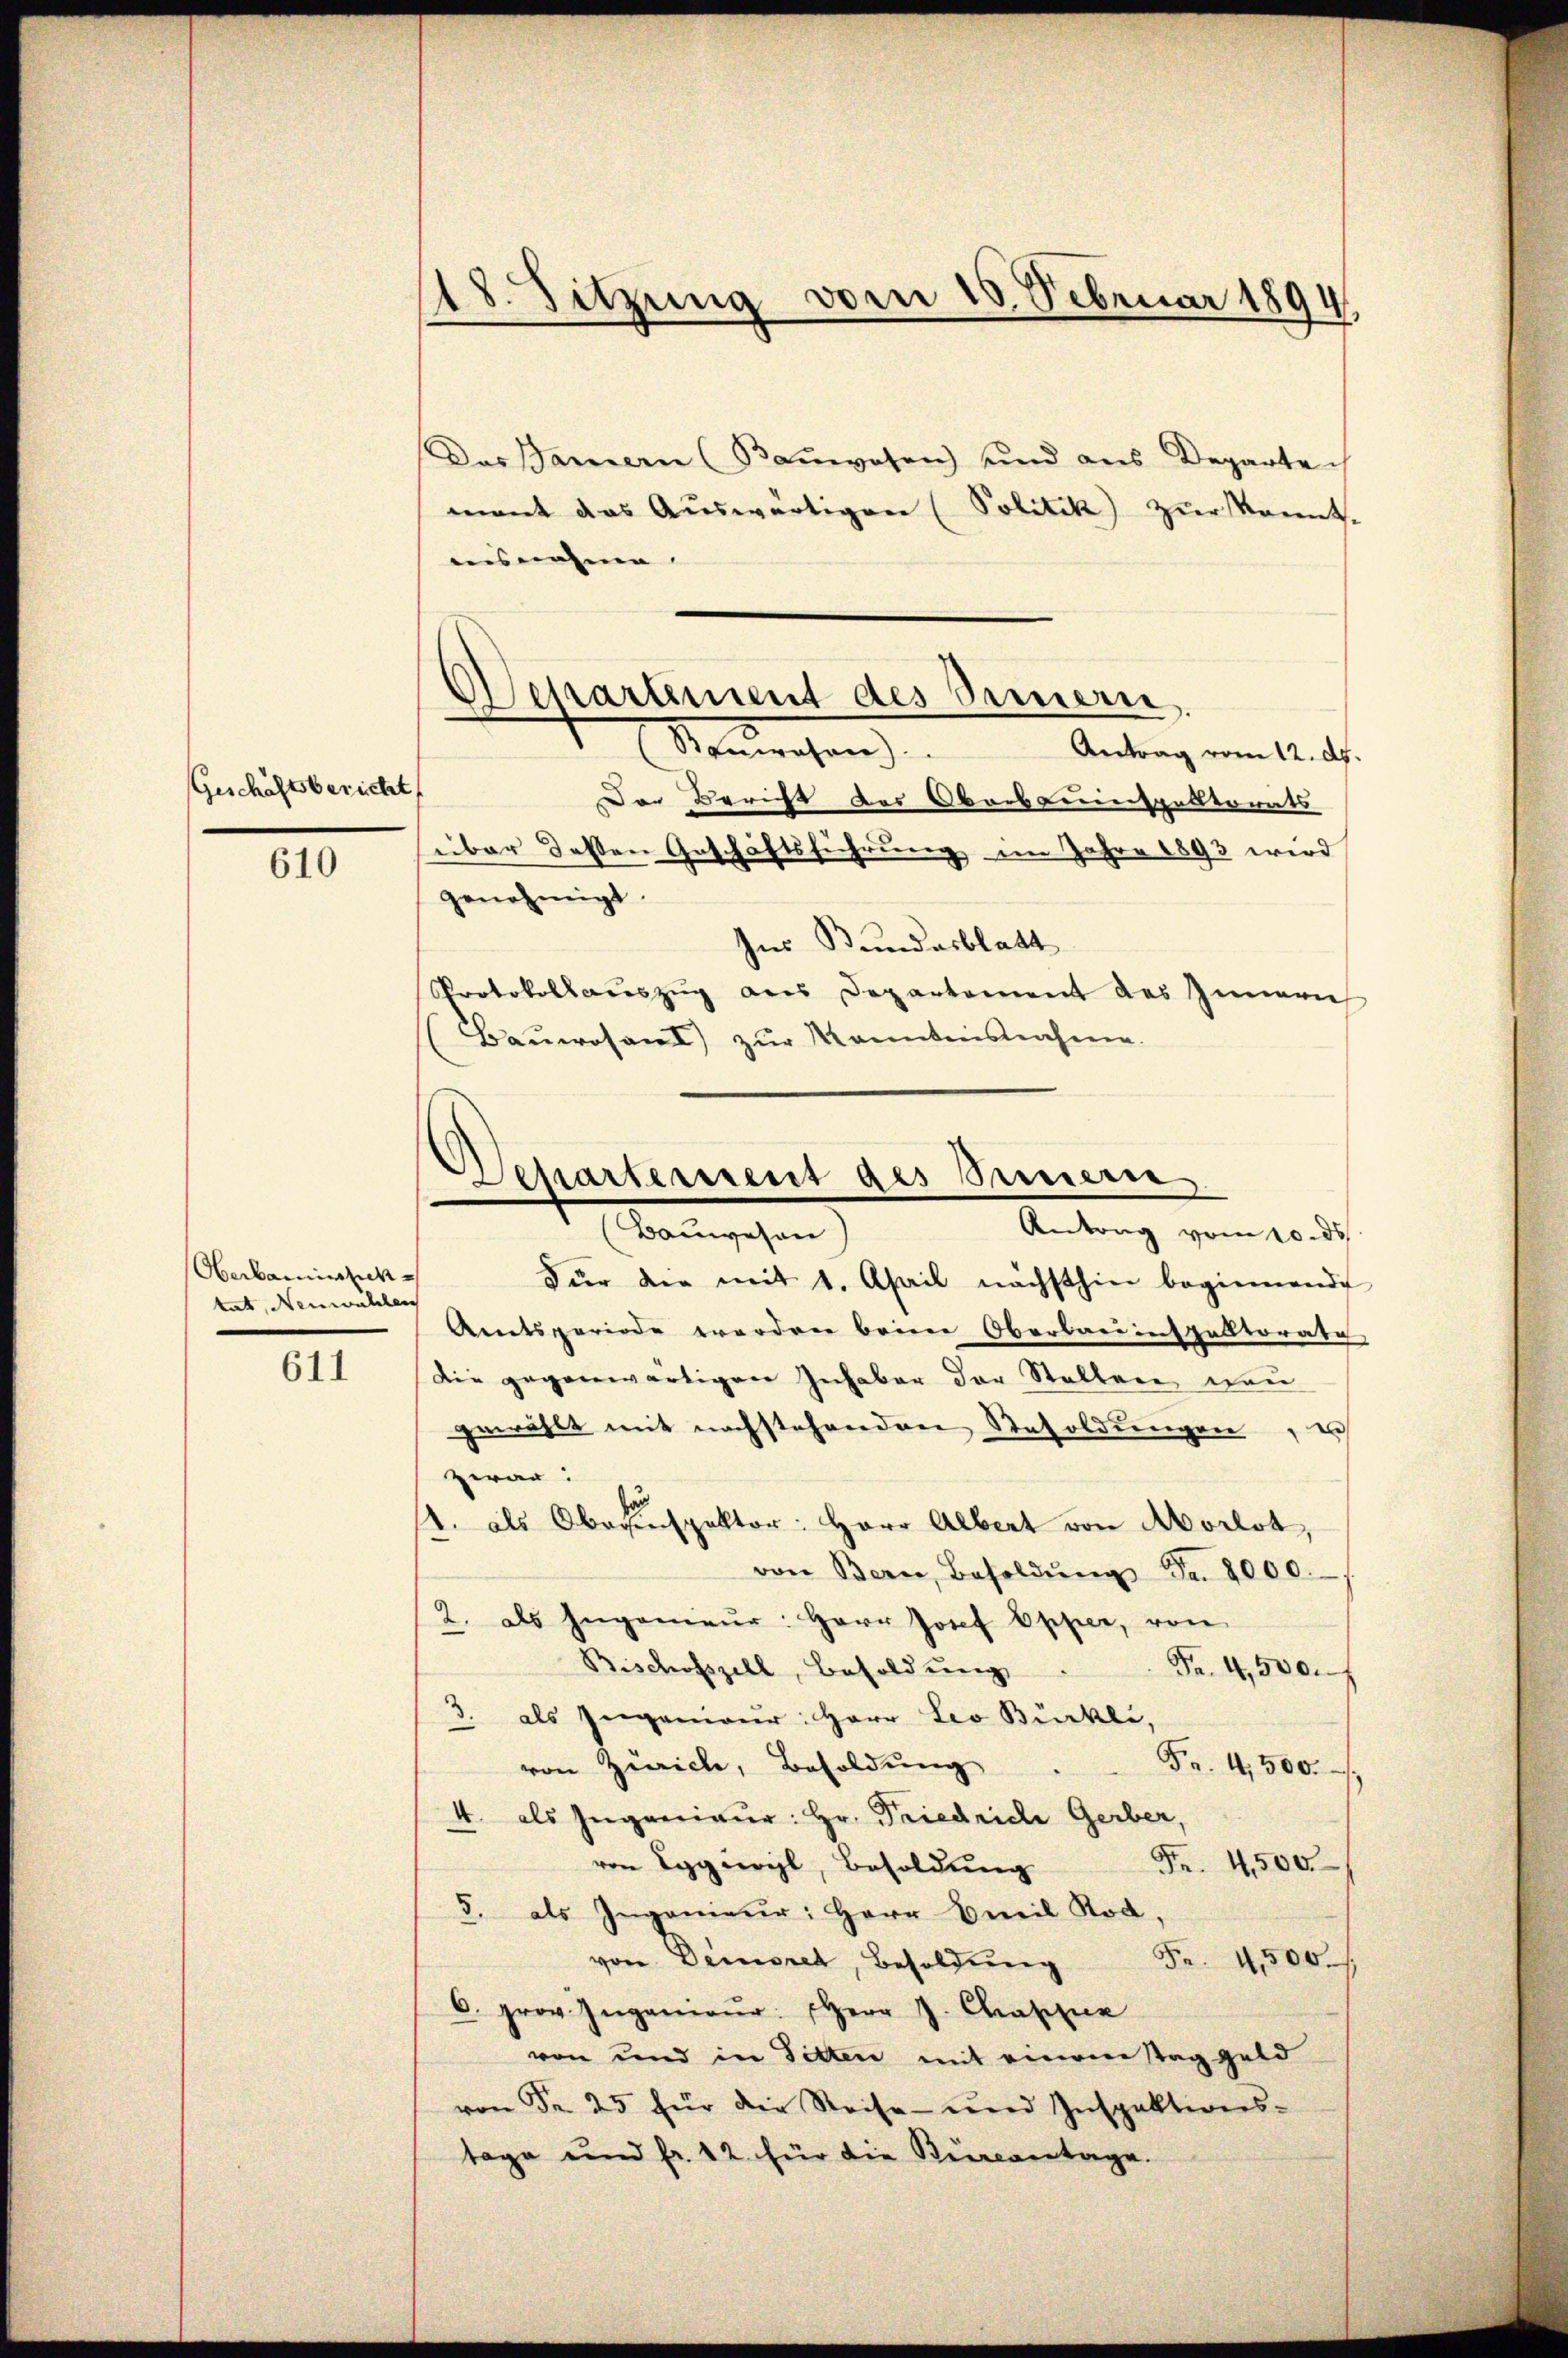
Geschäftsbericht

610

Oberbarisch
tat, Neuwahlen

611

18. Sitzung vom 18. Februar 1894

Das Baiern (Baŭwesen und aus Departe
mant das Aŭswärtigen (Politik) zŭr kannt.
ausnahme.
Der Bericht des Oberstenspektorats
über dessen Geschäftsführung im Jahre 1893 wird
genehmigt.
Ins Bundesblatt
Protokollaŭszŭg als Departement des Innern
Baŭerosant zŭr Kanntensnahme.

Departement des Sinnern,
Nonrechen
Antrag vom 12. d.

Departement des Simmen
Antrag vom 10. ds.
(Bauwesen

Für die mit 1. April nächsthin beginnende
Amtsperiode worden beim Oberbareinstalltorate
Die gegenwärtigen Inhaber der Stellen neu
gewählt mit nachstehenden Resoldungen, u
zwar:
1. als Obersinspektor: Herr Albert von Aborlot,
von Bern, Besoldŭng Fr. 8000.
2. als Ingenieŭr: Herr Josef Opper, von
Bischofszell, Besoldung
Fr. 4,500.
3. als Ingenieur: Herr Leo Bürkli,
von Zürich, Besoldung
Fr. 4500.
4. als Ingenieur: Hr. Friedriche Gerber,
von Eggwyl, Besoldung
Fr. 4500.
5. als Ingenieur: Herr Beeil Rod.
von Demorel, Besoldŭng Fr. 4500.
6. prov. Ingener: Herr J. Casse
von und in Sitten mit einem Sag Geld
von Fr. 25 für die Reise- und Inspektions-
tage und fr. 12 für die Bierontage.